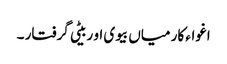
اغواء کار میاں بیوی او ربیٹی گرفتار ۔